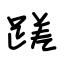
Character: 蹉